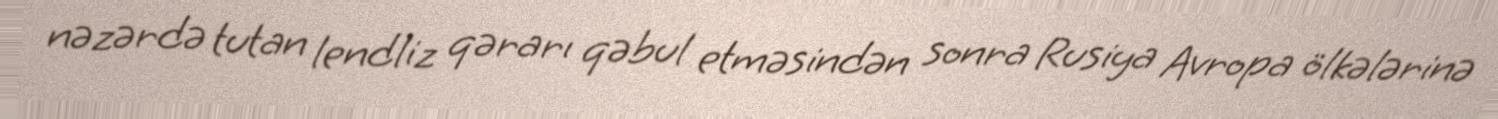
nəzərdə tutan lendliz qərarı qəbul etməsindən sonra Rusiya Avropa ölkələrinə